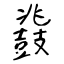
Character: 鼗